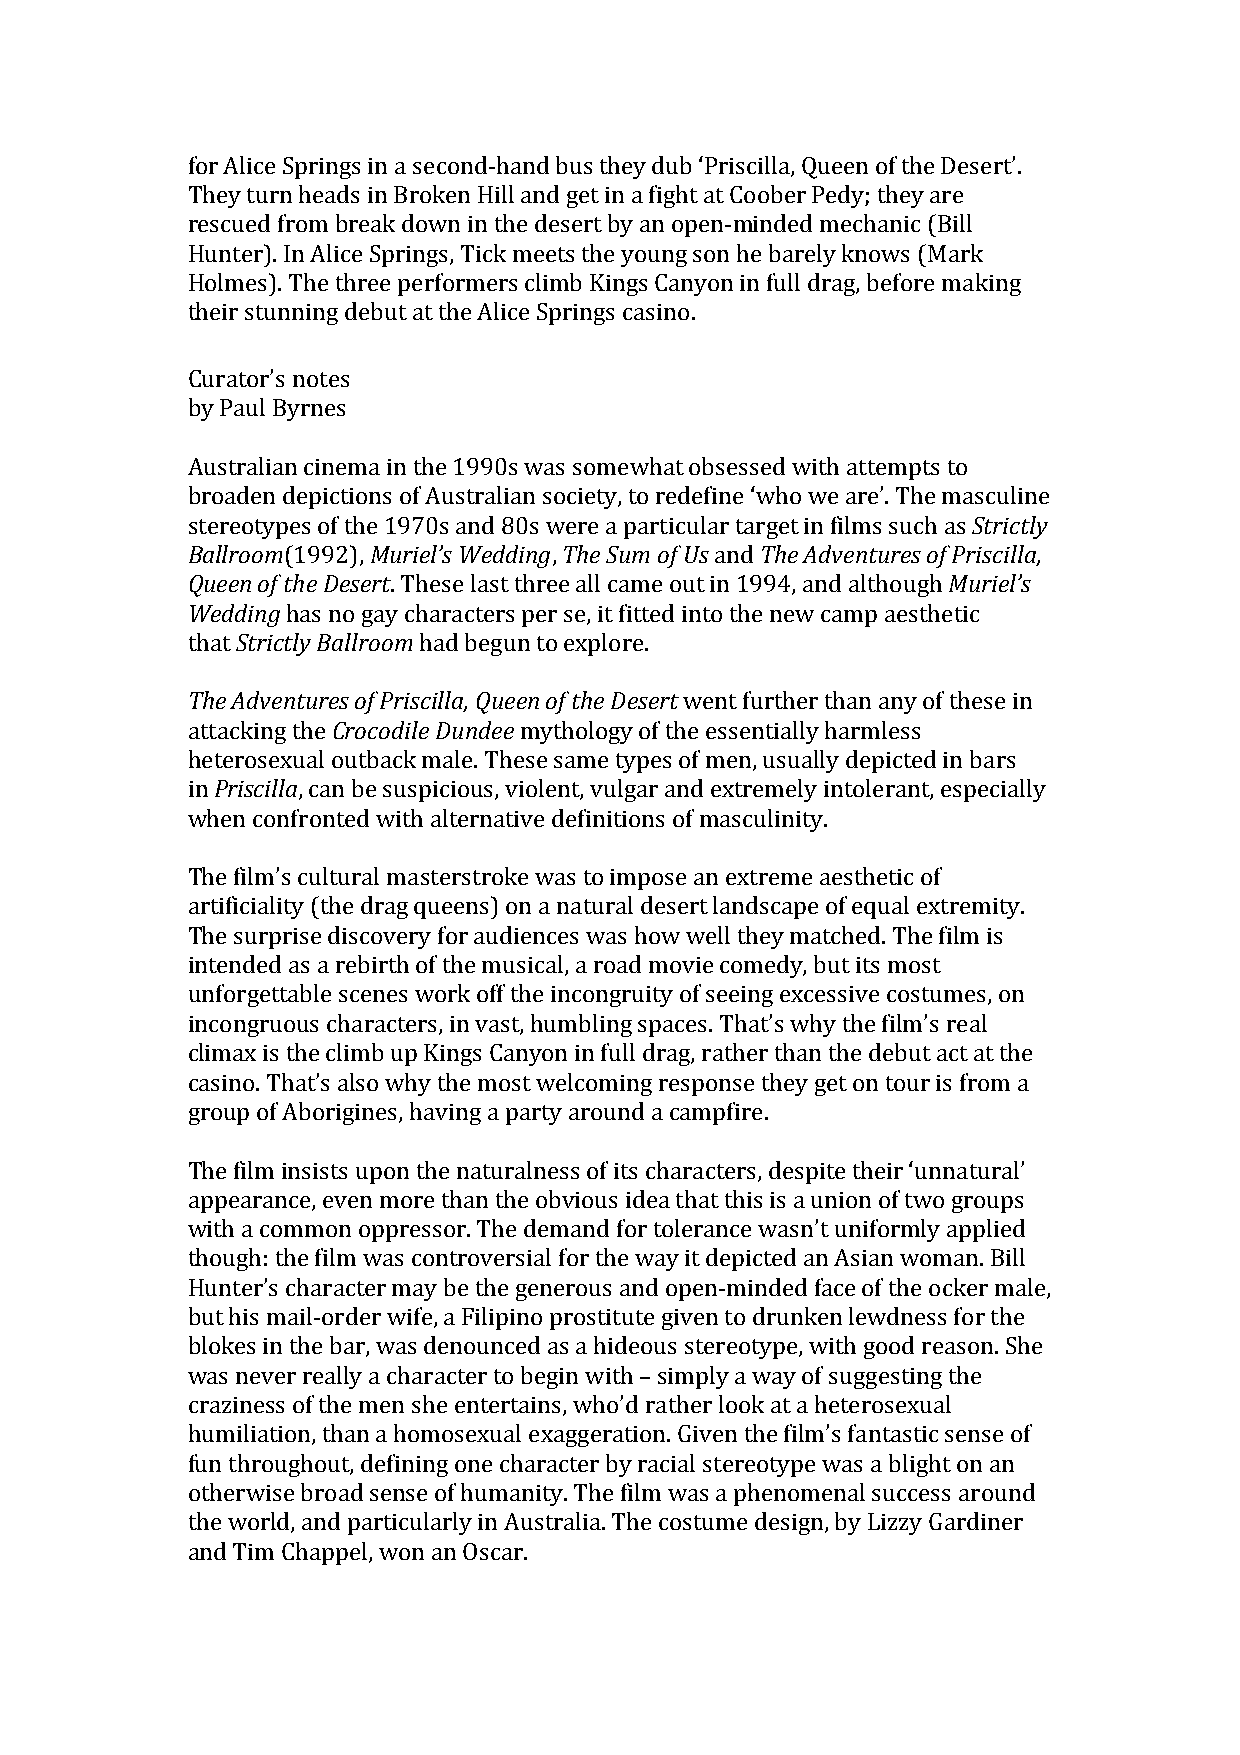
for Alice Springs in a second-hand bus they dub ‘Priscilla, Queen of the Desert’.
 They turn heads in Broken Hill and get in a fight at Coober Pedy; they are
 rescued from break down in the desert by an open-minded mechanic (Bill
 Hunter). In Alice Springs, Tick meets the young son he barely knows (Mark
 Holmes). The three performers climb Kings Canyon in full drag, before making
 their stunning debut at the Alice Springs casino.
 Curator’s notes
 by Paul Byrnes
 Australian cinema in the 1990s was somewhat obsessed with attempts to
 broaden depictions of Australian society, to redefine ‘who we are’. The masculine
 stereotypes of the 1970s and 80s were a particular target in films such as Strictly
 Ballroom(1992), Muriel’s Wedding, The Sum of Us and The Adventures of Priscilla,
 Queen of the Desert. These last three all came out in 1994, and although Muriel’s
 Wedding has no gay characters per se, it fitted into the new camp aesthetic
 that Strictly Ballroom had begun to explore.
 The Adventures of Priscilla, Queen of the Desert went further than any of these in
 attacking the Crocodile Dundee mythology of the essentially harmless
 heterosexual outback male. These same types of men, usually depicted in bars
 in Priscilla, can be suspicious, violent, vulgar and extremely intolerant, especially
 when confronted with alternative definitions of masculinity.
 The film’s cultural masterstroke was to impose an extreme aesthetic of
 artificiality (the drag queens) on a natural desert landscape of equal extremity.
 The surprise discovery for audiences was how well they matched. The film is
 intended as a rebirth of the musical, a road movie comedy, but its most
 unforgettable scenes work off the incongruity of seeing excessive costumes, on
 incongruous characters, in vast, humbling spaces. That’s why the film’s real
 climax is the climb up Kings Canyon in full drag, rather than the debut act at the
 casino. That’s also why the most welcoming response they get on tour is from a
 group of Aborigines, having a party around a campfire.
 The film insists upon the naturalness of its characters, despite their ‘unnatural’
 appearance, even more than the obvious idea that this is a union of two groups
 with a common oppressor. The demand for tolerance wasn’t uniformly applied
 though: the film was controversial for the way it depicted an Asian woman. Bill
 Hunter’s character may be the generous and open-minded face of the ocker male,
 but his mail-order wife, a Filipino prostitute given to drunken lewdness for the
 blokes in the bar, was denounced as a hideous stereotype, with good reason. She
 was never really a character to begin with – simply a way of suggesting the
 craziness of the men she entertains, who’d rather look at a heterosexual
 humiliation, than a homosexual exaggeration. Given the film’s fantastic sense of
 fun throughout, defining one character by racial stereotype was a blight on an
 otherwise broad sense of humanity. The film was a phenomenal success around
 the world, and particularly in Australia. The costume design, by Lizzy Gardiner
 and Tim Chappel, won an Oscar.